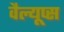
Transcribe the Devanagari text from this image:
वैल्यूप्स